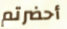
أحضرتم